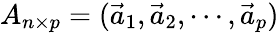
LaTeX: A_{n\times p}=(\vec{a}_{1},\vec{a}_{2},\cdots,\vec{a}_{p})